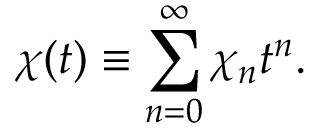
\chi ( t ) \equiv \sum _ { n = 0 } ^ { \infty } \chi _ { n } t ^ { n } .